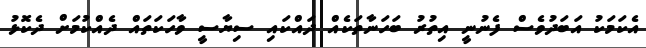
އެކަމަކު އަބަދުވެސް ފެނުނީ އިތުރު ބަހަނާތަކެއް ދައްކައި ސިޔާސީ ވާހަކަތައް ދެއްކުމަށް ދެކޮޅު